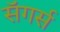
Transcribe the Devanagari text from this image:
सॅगर्स